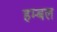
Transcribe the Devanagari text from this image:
हम्बल